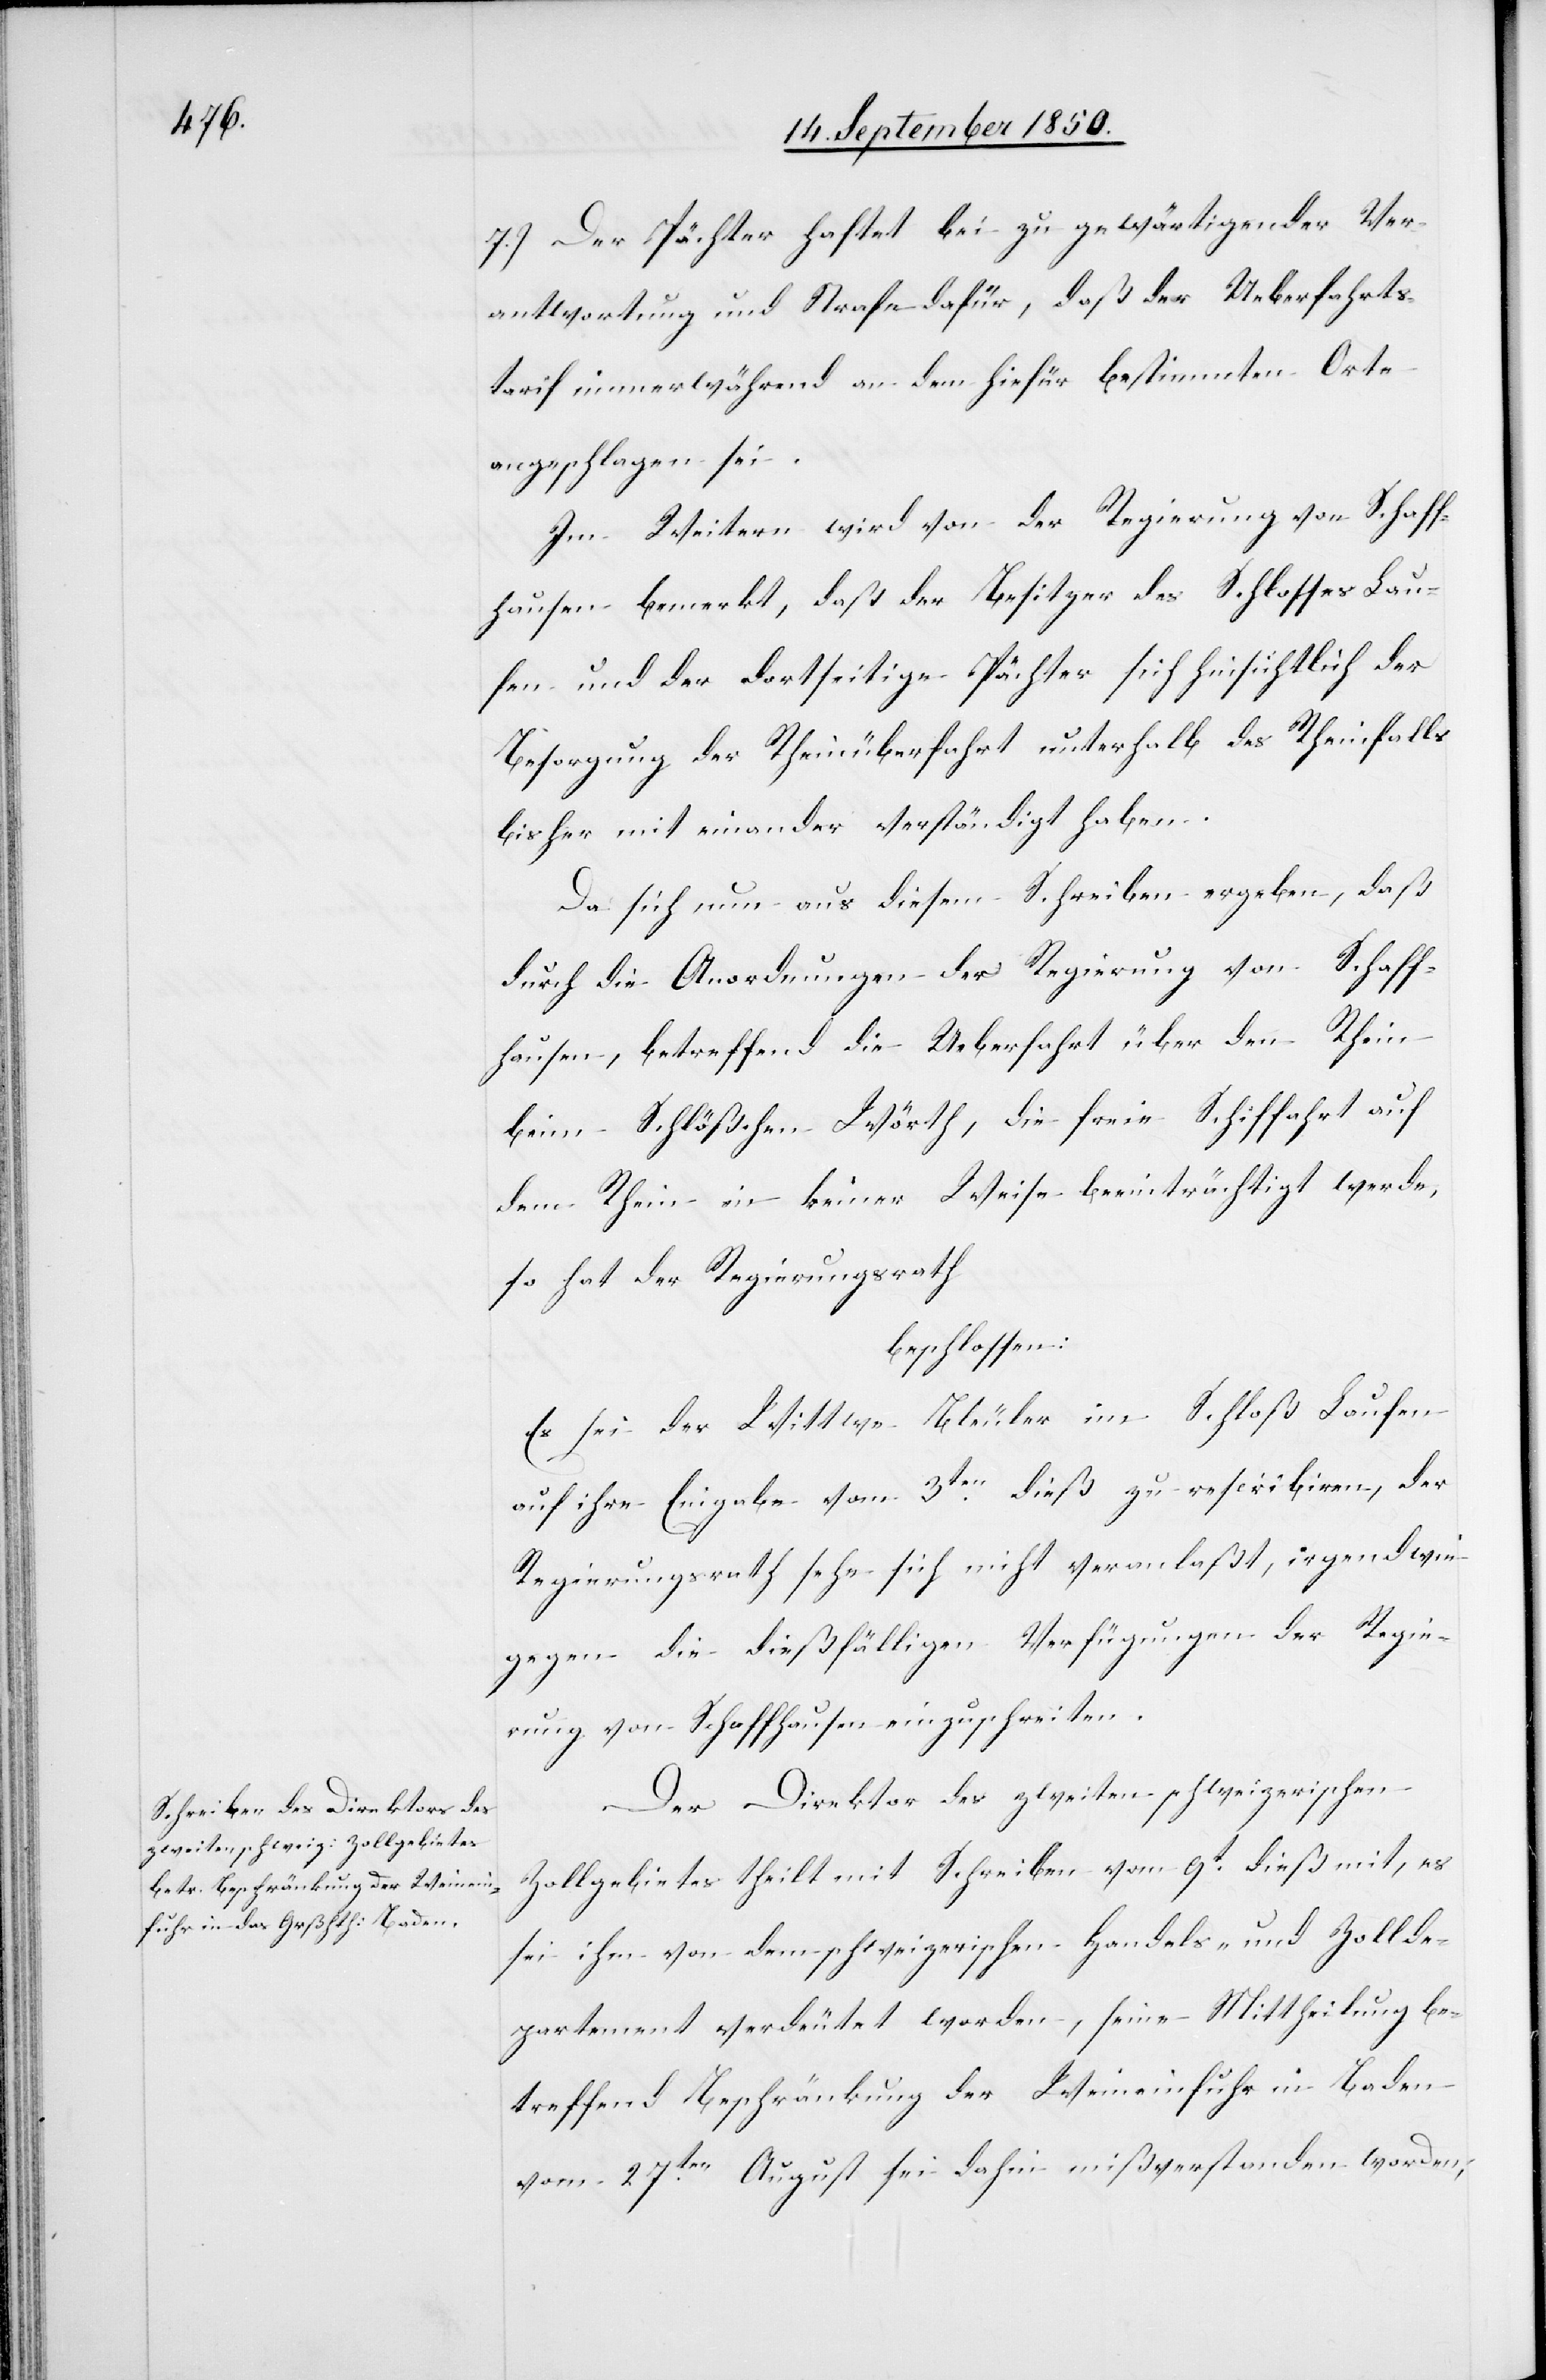
7.) Der Pächter haftet bei zu gewärtigender Ver¬
antwortung und Strafe dafür, daß der Ueberfahrts¬
tarif immerwährend an dem hiefür bestimmten Orte
angeschlagen sei.
Im Weitern wird von der Regierung von Schaff¬
hausen bemerkt, daß der Besitzer des Schlosses Lau¬
fen und der dortseitige Pächter sich hinsichtlich der
Besorgung der Rheinüberfahrt unterhalb des Rheinfalls
bisher mit einander verständigt haben.
Da sich nun aus diesem Schreiben ergeben, daß
durch die Anordnungen der Regierung von Schaff¬
hausen, betreffend die Ueberfahrt über den Rhein
beim Schlößchen Wörth, die freie Schiffahrt auf
dem Rhein in keiner Weise beeinträchtigt werde,
so hat der Regierungsrath
beschlossen:
Es sei der Wittwe Bleuler im Schloß Laufen
auf ihre Eingabe vom 3ten dieß zu rescribiren, der
Regierungsrath sehe sich nicht veranlaßt, irgendwie
gegen die dießfälligen Verfügungen der Regie¬
rung von Schaffhausen einzuschreiten.
Der Direktor des zweiten schweizerischen
Zollgebietes theilt mit Schreiben vom 9t dieß mit, es
sei ihm von dem schweizerischen Handels- und Zollde¬
partement verdeutet worden, seine Mittheilung be¬
treffend Beschränkung der Weineinfuhr in Baden
vom 27ten August sei dahin mißverstanden worden,